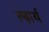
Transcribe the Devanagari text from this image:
रूढ़ार्थ